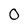
Character: O